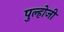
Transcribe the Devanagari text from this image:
पुल्होजी